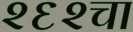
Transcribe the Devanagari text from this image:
२६२चा